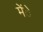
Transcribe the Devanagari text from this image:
मेंे